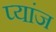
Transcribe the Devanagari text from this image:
प्यांज